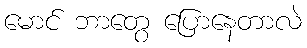
မောင် ဘာတွေ ပြောနေတာလဲ